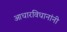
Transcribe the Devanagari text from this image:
आधारविधानांनी